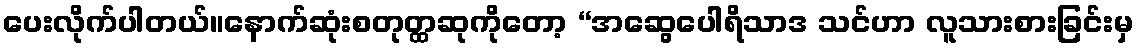
ပေးလိုက်ပါတယ်။နောက်ဆုံးစတုတ္ထဆုကိုတော့ “အဆွေပေါရိသာဒ သင်ဟာ လူသားစားခြင်းမှ